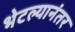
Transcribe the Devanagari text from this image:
भेटल्यानंतर